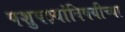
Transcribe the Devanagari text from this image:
पशुपक्ष्यांविषयीच्या